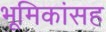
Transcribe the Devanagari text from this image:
भूमिकांसह